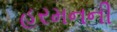
હરમનની